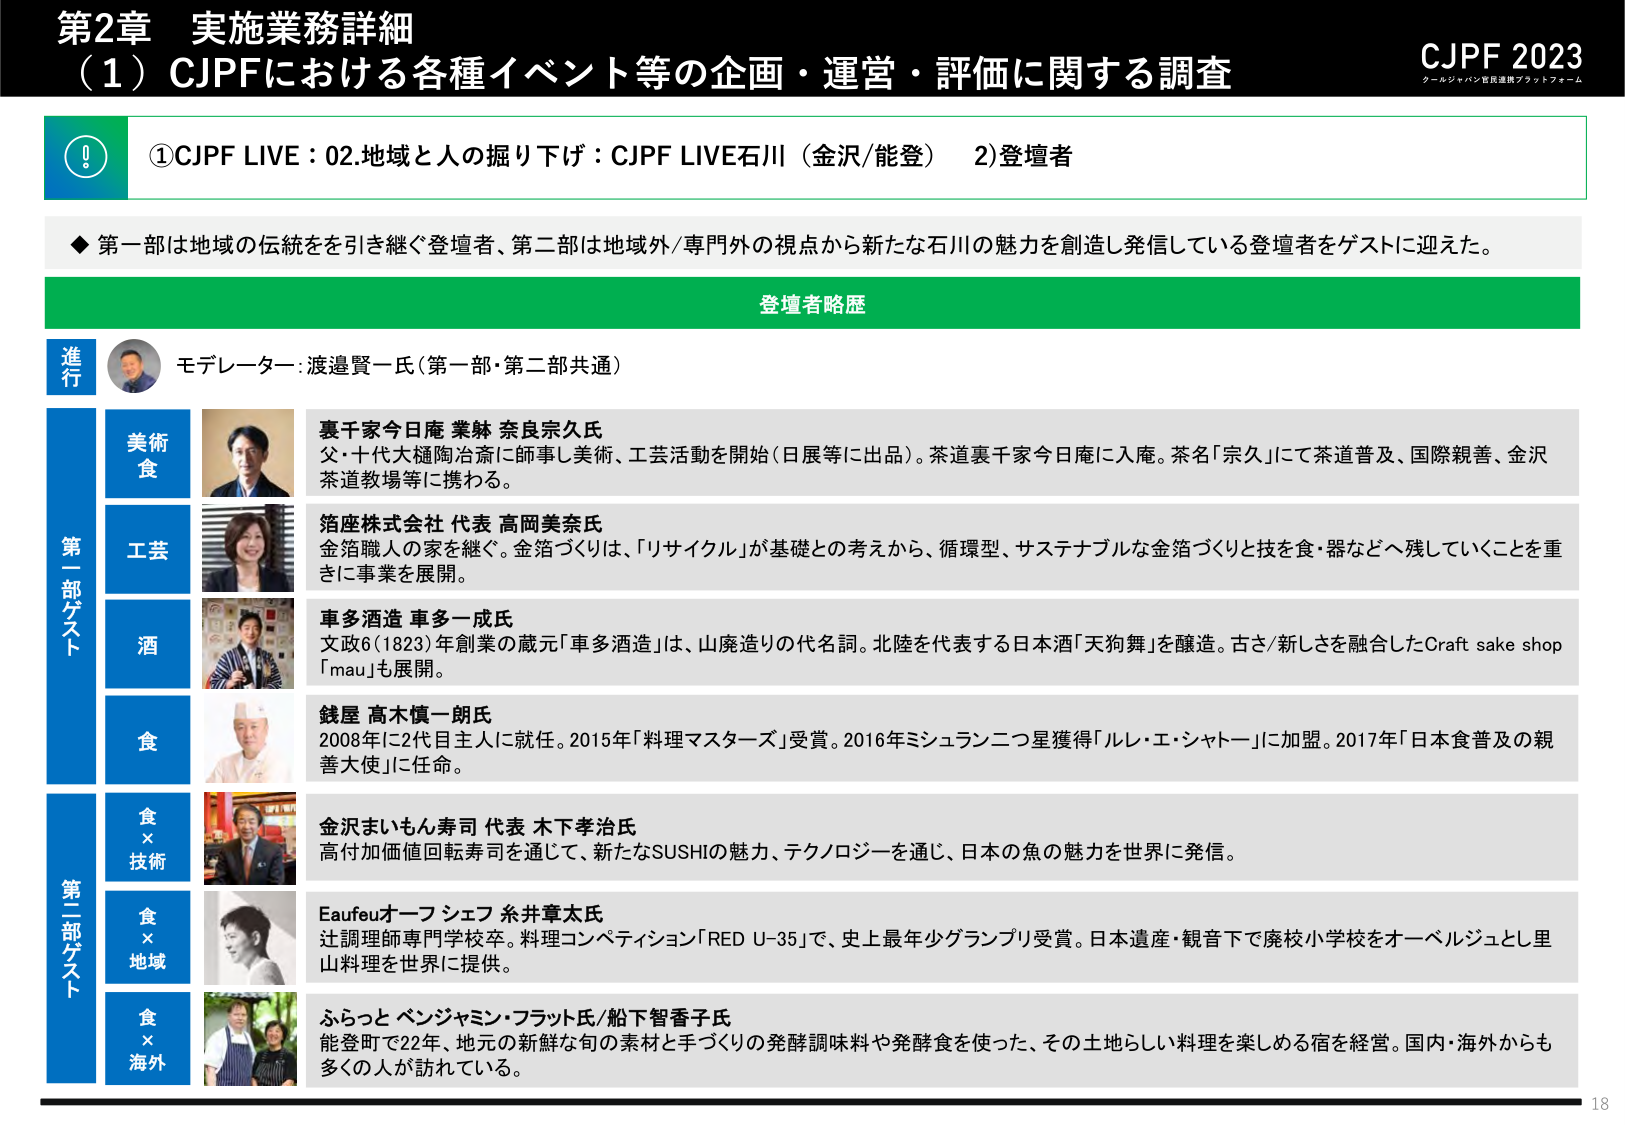
第2章 実施業務詳細
（1）CJPFにおける各種イベント等の企画・運営・評価に関する調査

CJPF 2023
クールジャパン官民連携プラットフォーム

①CJPF LIVE：02.地域と人の掘り下げ：CJPF LIVE石川（金沢/能登） 2)登壇者

◆第一部は地域の伝統をを引き継ぐ登壇者、第二部は地域外/専門外の視点から新たな石川の魅力を創造し発信している登壇者をゲストに迎えた。

登壇者略歴

進行
モデレーター：渡邉賢一氏（第一部・第二部共通）

第一部ゲスト
美術食
裏千家今日庵 業牀 奈良宗久氏
父・十代大樋陶冶斎に師事し美術、工芸活動を開始（日展等に出品）。茶道裏千家今日庵に入庵。茶名「宗久」にて茶道普及、国際親善、金沢茶道教場等に携わる。

工芸
箔座株式会社 代表 高岡美奈氏
金箔職人の家を継ぐ。金箔づくりは、「リサイクル」が基礎との考えから、循環型、サステナブルな金箔づくりと技を食・器などへ残していくことを重きに事業を展開。

酒
車多酒造 車多一成氏
文政6（1823）年創業の蔵元「車多酒造」は、山廃造りの代名詞。北陸を代表する日本酒「天狗舞」を醸造。古さ/新しさを融合したCraft sake shop「mau」も展開。

食
銭屋 高木慎一朗氏
2008年に2代目主人に就任。2015年「料理マスターズ」受賞。2016年ミシュラン二つ星獲得「ルレ・エ・シャトー」に加盟。2017年「日本食普及の親善大使」に任命。

第二部ゲスト
食×技術
金沢まいもん寿司 代表 木下孝治氏
高付加価値回転寿司を通じて、新たなSUSHIの魅力、テクノロジーを通じ、日本の魚の魅力を世界に発信。

食×地域
Eaufeuオーフシェフ 糸井章太氏
辻調理師専門学校卒。料理コンペティション「RED U-35」で、史上最年少グランプリ受賞。日本遺産・観音下で廃校小学校をオーベルジュとし里山料理を世界に提供。

食×海外
ふらっと ベンジャミン・フラット氏/船下智香子氏
能登町で22年、地元の新鮮な旬の素材と手づくりの発酵調味料や発酵食を使った、その土地らしい料理を楽しめる宿を経営。国内・海外からも多くの人が訪れている。

18